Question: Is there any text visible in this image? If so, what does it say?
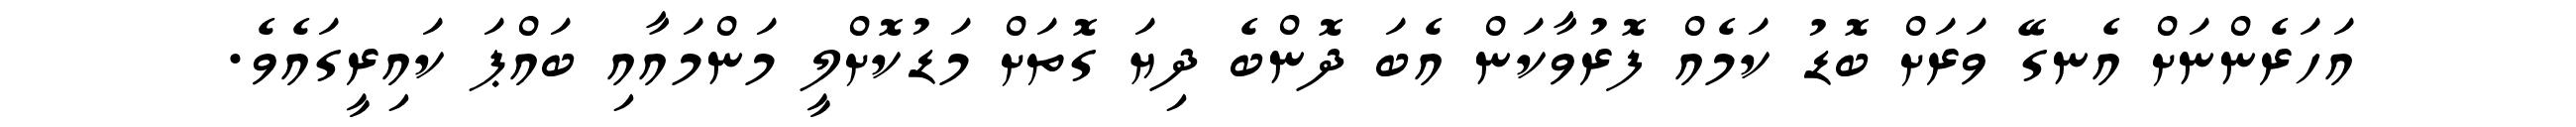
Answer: އަހަރެންނަށް އެނގޭ ވަރަށް ބޮޑު ކަމެއް ފޮރުވާކަން އެބަ ދޮންބެ ދިޔަ ގޮތަށް މަޑުކޮށްލީ މަންމައާއި ބައްޕަ ކައިރީގައެވެ.